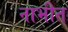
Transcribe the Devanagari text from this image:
नाभीत